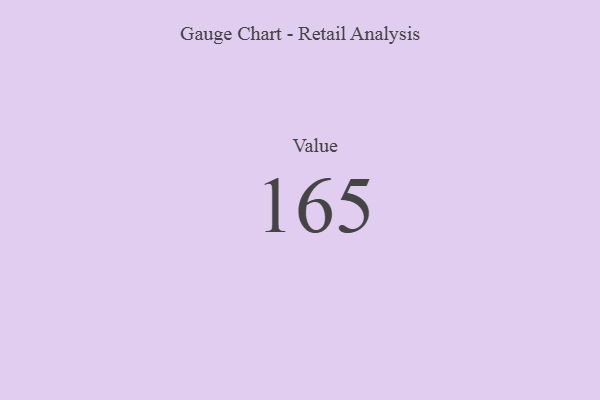
{"axis": {"x": "Metric", "y": "Value"}, "legend": [""], "data": [{"x": "Value", "y": 165, "type": ""}]}